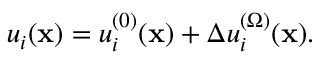
u _ { i } ( { \bf x } ) = u _ { i } ^ { ( 0 ) } ( { \bf x } ) + \Delta u _ { i } ^ { ( \Omega ) } ( { \bf x } ) .